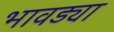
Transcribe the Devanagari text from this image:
भावड्या